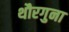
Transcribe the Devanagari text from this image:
थौरगुना